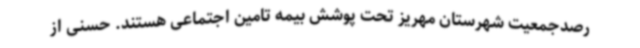
رصدجمعیت شهرستان مهریز تحت پوشش بیمه تامین اجتماعی هستند. حسنی از